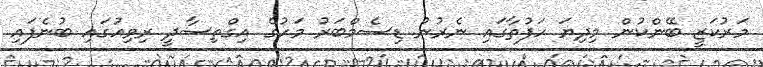
މަރުކަޒީ ބޭންކުން މިދިޔަ ހަފުތާގައި ނެރުނު ޑިސެމްބަރު މަހުގެ އިގްތިސާދީ ރިވިއުގައި ބުނެފައި